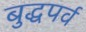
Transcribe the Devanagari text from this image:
बुद्धपर्व